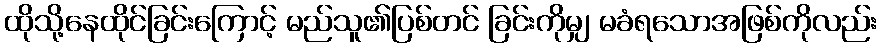
ထိုသို့နေထိုင်ခြင်းကြောင့် မည်သူ၏ပြစ်တင် ခြင်းကိုမျှ မခံရသောအဖြစ်ကိုလည်း